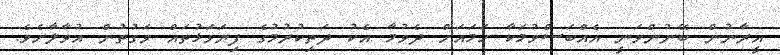
އީރާނުން ބޭނުންވަނީ އެއްބަސްވުމަކާ ހަމައަށް ދެވުމާ އެކު ދަތިކުރުމުގެ ފިޔަވަޅުތައް ވަގުތުން އުވާލާށެވެ.